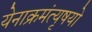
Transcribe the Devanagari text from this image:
येनाक्रमंत्यृषयो